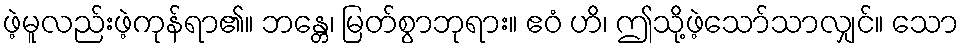
ဖဲ့မူလည်းဖဲ့ကုန်ရာ၏။ ဘန္တေ၊ မြတ်စွာဘုရား။ ဧဝံ ဟိ၊ ဤသို့ဖဲ့သော်သာလျှင်။ သော